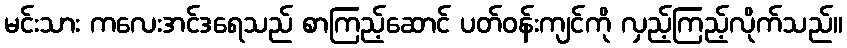
မင်းသား ကလေးအင်ဒရေသည် စာကြည့်ဆောင် ပတ်ဝန်းကျင်ကို လှည့်ကြည့်လိုက်သည်။